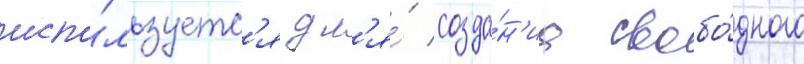
испо́льзуетс'я дл'я́ созда́н'иа свобо́дного